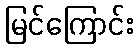
မြင်ကြောင်း